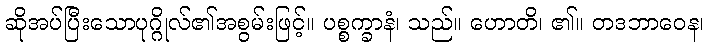
ဆိုအပ်ပြီးသောပုဂ္ဂိုလ်၏အစွမ်းဖြင့်။ ပစ္စက္ခာနံ၊ သည်။ ဟောတိ၊ ၏။ တဒဘာဝေန၊